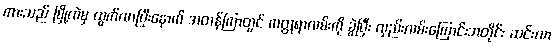
ကားသည် မြို့ထဲမှ ထွက်လာပြီးနောက် အတန်ကြာတွင် ကတ္တရာလမ်းကို ခွဲပြီး လှည်းလမ်းကြောင်းအတိုင်း ဆင်းလာ